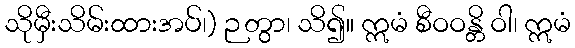
သိုမှီးသိမ်းထားအပ်၊) ဉတွာ၊ သိ၍။ ဣမံ စီဝဝန္တိ ဝါ၊ ဣမံ